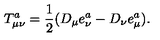
T _ { \mu \nu } ^ { a } = \frac 1 2 ( D _ { \mu } e _ { \nu } ^ { a } - D _ { \nu } e _ { \mu } ^ { a } ) .